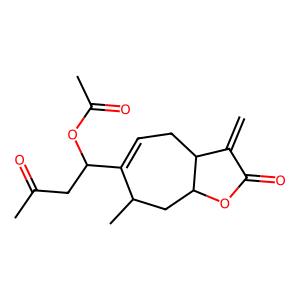
SMILES: C=C1C(=O)OC2CC(C)C(C(CC(C)=O)OC(C)=O)=CCC12
Inhibits HIV replication: No